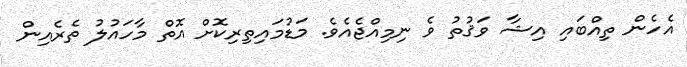
އެހެން ތިއްބައި އިޝާ ވަޤުތު ވެ ނިމިއްޖެއެވެ. މަޑުމައިތިރިކޮށް އޮތް މާހައުލު ތެރެއިން